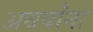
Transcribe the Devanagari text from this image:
अथर्वांना